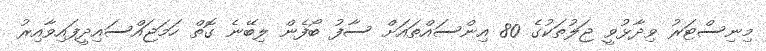
މިނިސްޓަރު ވިދާޅުވީ ޖަލުތަކުގެ 80 އިންސައްތައަށް ސާފު ބޯފެން ލިބޭނެ ގޮތް ހަމަޖައްސައިދީފައިވާއިރު